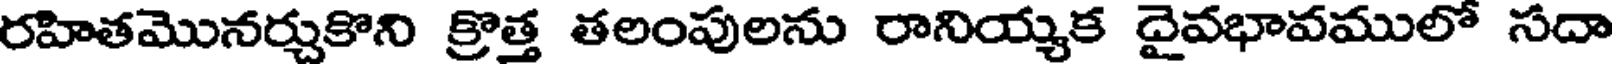
రహితమొనర్చుకొని క్రొత్త తలంపులను రానియ్యక దైవభావములో సదా